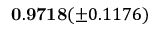
\mathbf { 0 . 9 7 1 8 } ( \pm 0 . 1 1 7 6 )